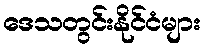
ဒေသတွင်းနိုင်ငံများ